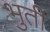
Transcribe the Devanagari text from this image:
भुर्ती